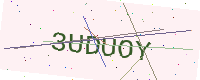
Text: 3UDUOY